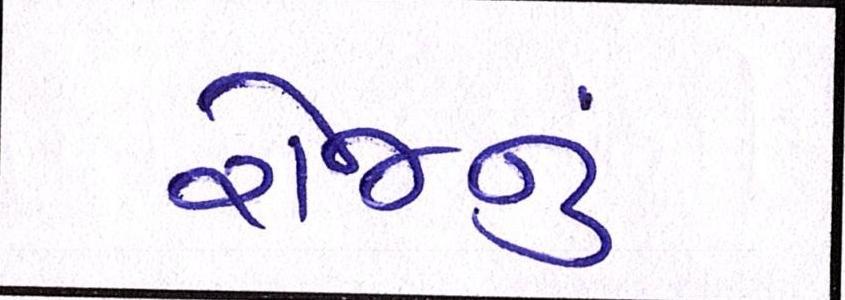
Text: રોજનું